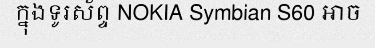
ក្នុងទូរស័ព្ទ NOKIA Symbian S60 អាច